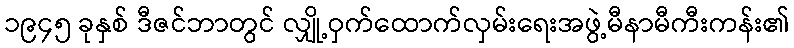
၁၉၄၅ ခုနှစ် ဒီဇင်ဘာတွင် လျှို့ဝှက်ထောက်လှမ်းရေးအဖွဲ့မီနာမီကီးကန်း၏